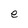
Character: e